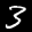
Label: 3